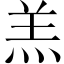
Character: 羔